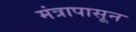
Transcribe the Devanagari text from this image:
मंत्रापासून